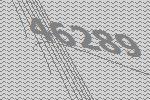
46289